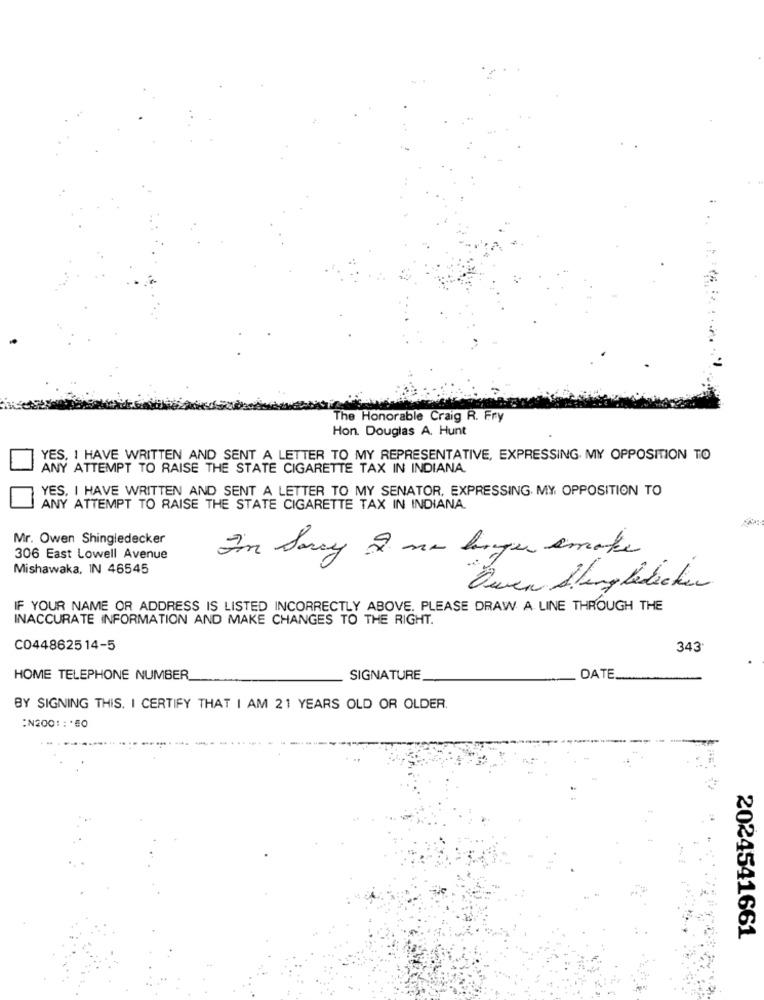
The Honorable Craig R. Fry
Hon. Douglas A. Hunt
YES, I HAVE WRITTEN AND SENT A LETTER TO MY REPRESENTATIVE, EXPRESSING MY OPPOSITION TO
ANY ATTEMPT TO RAISE THE STATE CIGARETTE TAX IN INDIANA
YES, I HAVE WRITTEN AND SENT A LETTER TO MY SENATOR, EXPRESSING. MY OPPOSITION TO
ANY ATTEMPT TO RAISE THE STATE CIGARETTE TAX IN INDIANA.
Mr. Owen Shingledecker
306 East Lowell Avenue
I'm Sorry I no longer smoke
Mishawaka, IN 46545
Ouven Stingletechen
IF YOUR NAME OR ADDRESS IS LISTED INCORRECTLY ABOVE. PLEASE DRAW A LINE THROUGH THE
INACCURATE INFORMATION AND MAKE CHANGES TO THE RIGHT.
C0448625 14-5
343
HOME TELEPHONE NUMBER
SIGNATURE
DATE
BY SIGNING THIS. I CERTIFY THAT I AM 21 YEARS OLD OR OLDER.
:N200 :: * 50
2024541661